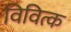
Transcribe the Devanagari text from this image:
विवित्क